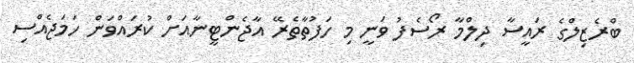
ބްރެޒިލްގެ ރައީސާ ދިލްމާ ރޯސެފު ވަނީ މި ހަފުތާތެރޭ އާޖެންޓީނާއަށް ކުރައްވަން ހަމަޖެއްސި